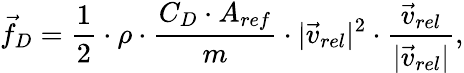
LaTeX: \vec{f}_{D}=\frac{1}{2}\cdot\rho\cdot\frac{C_{D}\cdot A_{ref}}{m}\cdot|\vec{v}_{rel}|^{2}\cdot\frac{\vec{v}_{rel}}{|\vec{v}_{rel}|},